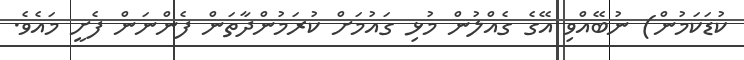
ކުޑަކަމުން) ނުބޭއްވި އޭގެ ގެއްލުން މުޅި ގައުމަށް ކުރަމުންދާތަން ފެންނަން ފެށީ މައެވެ.